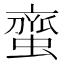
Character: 𮔰